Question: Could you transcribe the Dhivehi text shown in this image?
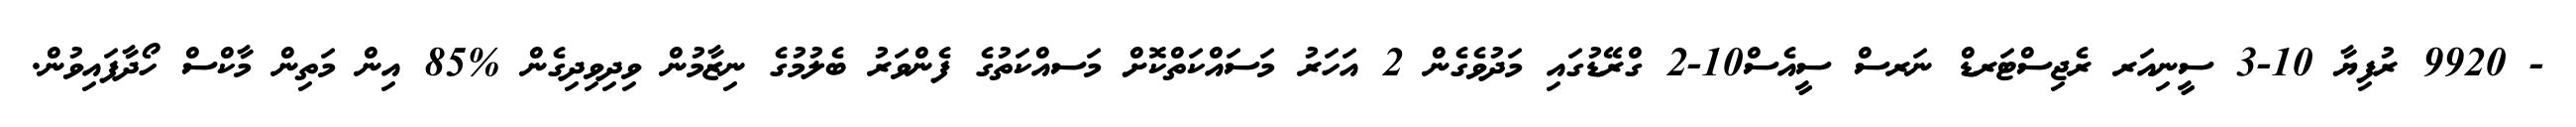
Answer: - 9920 ރުފިޔާ 10-3 ސީނިއަރ ރެޖިސްޓަރޑް ނަރސް ސީއެސް10-2 ގްރޭޑުގައި މަދުވެގެން 2 އަހަރު މަސައްކަތްކޮށް މަސއްކަތުގެ ފެންވަރު ބެލުމުގެ ނިޒާމުން ވިދިވިދިގެން %85 އިން މަތިން މާކްސް ހޯދާފައިވުން.